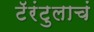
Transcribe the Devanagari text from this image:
टॅरंटुलाचं